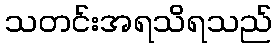
သတင်းအရသိရသည်